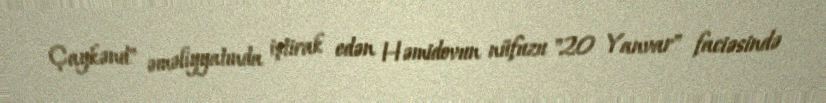
Çaykənd" əməliyyatında iştirak edən Həmidovun nüfuzu "20 Yanvar" faciəsində